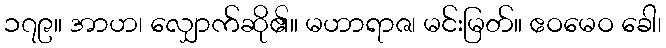
၁၇၉။ အာဟ၊ လျှောက်ဆို၏။ မဟာရာဇ၊ မင်းမြတ်။ ဧဝမေဝ ခေါ၊